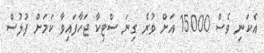
އެކަނި ވެސް 15000 އަށް ވުރެ ގިނަ ސްޓިކާ ޖަހާފައިވާ ކަމަށް ފުލުސް